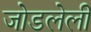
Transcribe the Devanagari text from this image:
जोडलेलीं